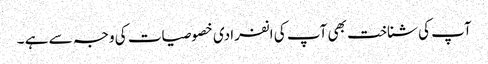
آپ کی شناخت بھی آپ کی انفرادی خصوصیات کی وجہ سے ہے ۔